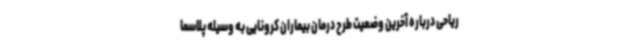
ریاحی درباره آخرین وضعیت طرح درمان بیماران کرونایی به وسیله پلاسما